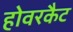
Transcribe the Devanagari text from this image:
होवरकैट